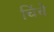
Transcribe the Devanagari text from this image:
चिंचे